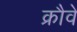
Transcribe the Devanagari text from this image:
क्रौवे